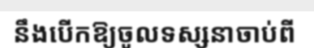
នឹងបើកឱ្យចូលទស្សនាចាប់ពី